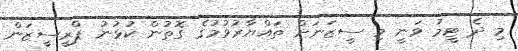
މި ދެ ޓީމު ވަނީ މި ސީޒަނަށް ތައްޔާރުވުމުގެ ގޮތުން ކުޅުނު ޕްރީސީޒަން